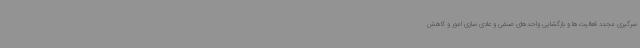
سرگیری مجدد فعالیت‌ها و بازگشایی واحدهای صنفی و عادی سازی امور و کاهش